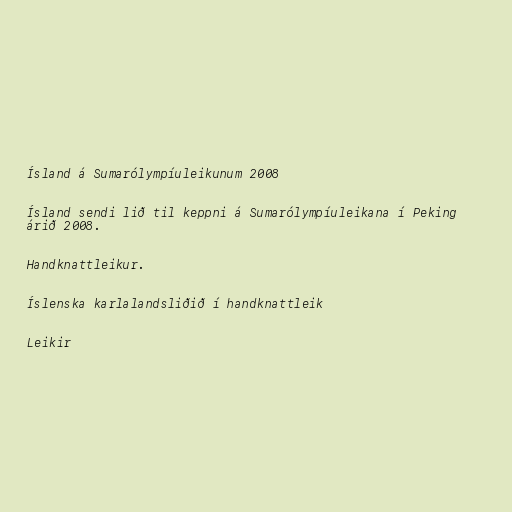
Ísland á Sumarólympíuleikunum 2008

Ísland sendi lið til keppni á Sumarólympíuleikana í Peking
árið 2008.

Handknattleikur.

Íslenska karlalandsliðið í handknattleik

Leikir